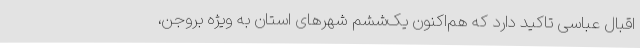
اقبال عباسی تاکید دارد که هم‌اکنون یک‌ششم شهرهای استان به‌ ویژه بروجن،